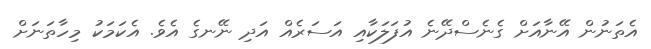
އެތަނުން އޭނާއަށް ގެނެސްދޭނެ އުފަލަކާއި އަސަރެއް އަދި ނޭނގެ އެވެ. އެކަމަކު މިހާތަނަށް